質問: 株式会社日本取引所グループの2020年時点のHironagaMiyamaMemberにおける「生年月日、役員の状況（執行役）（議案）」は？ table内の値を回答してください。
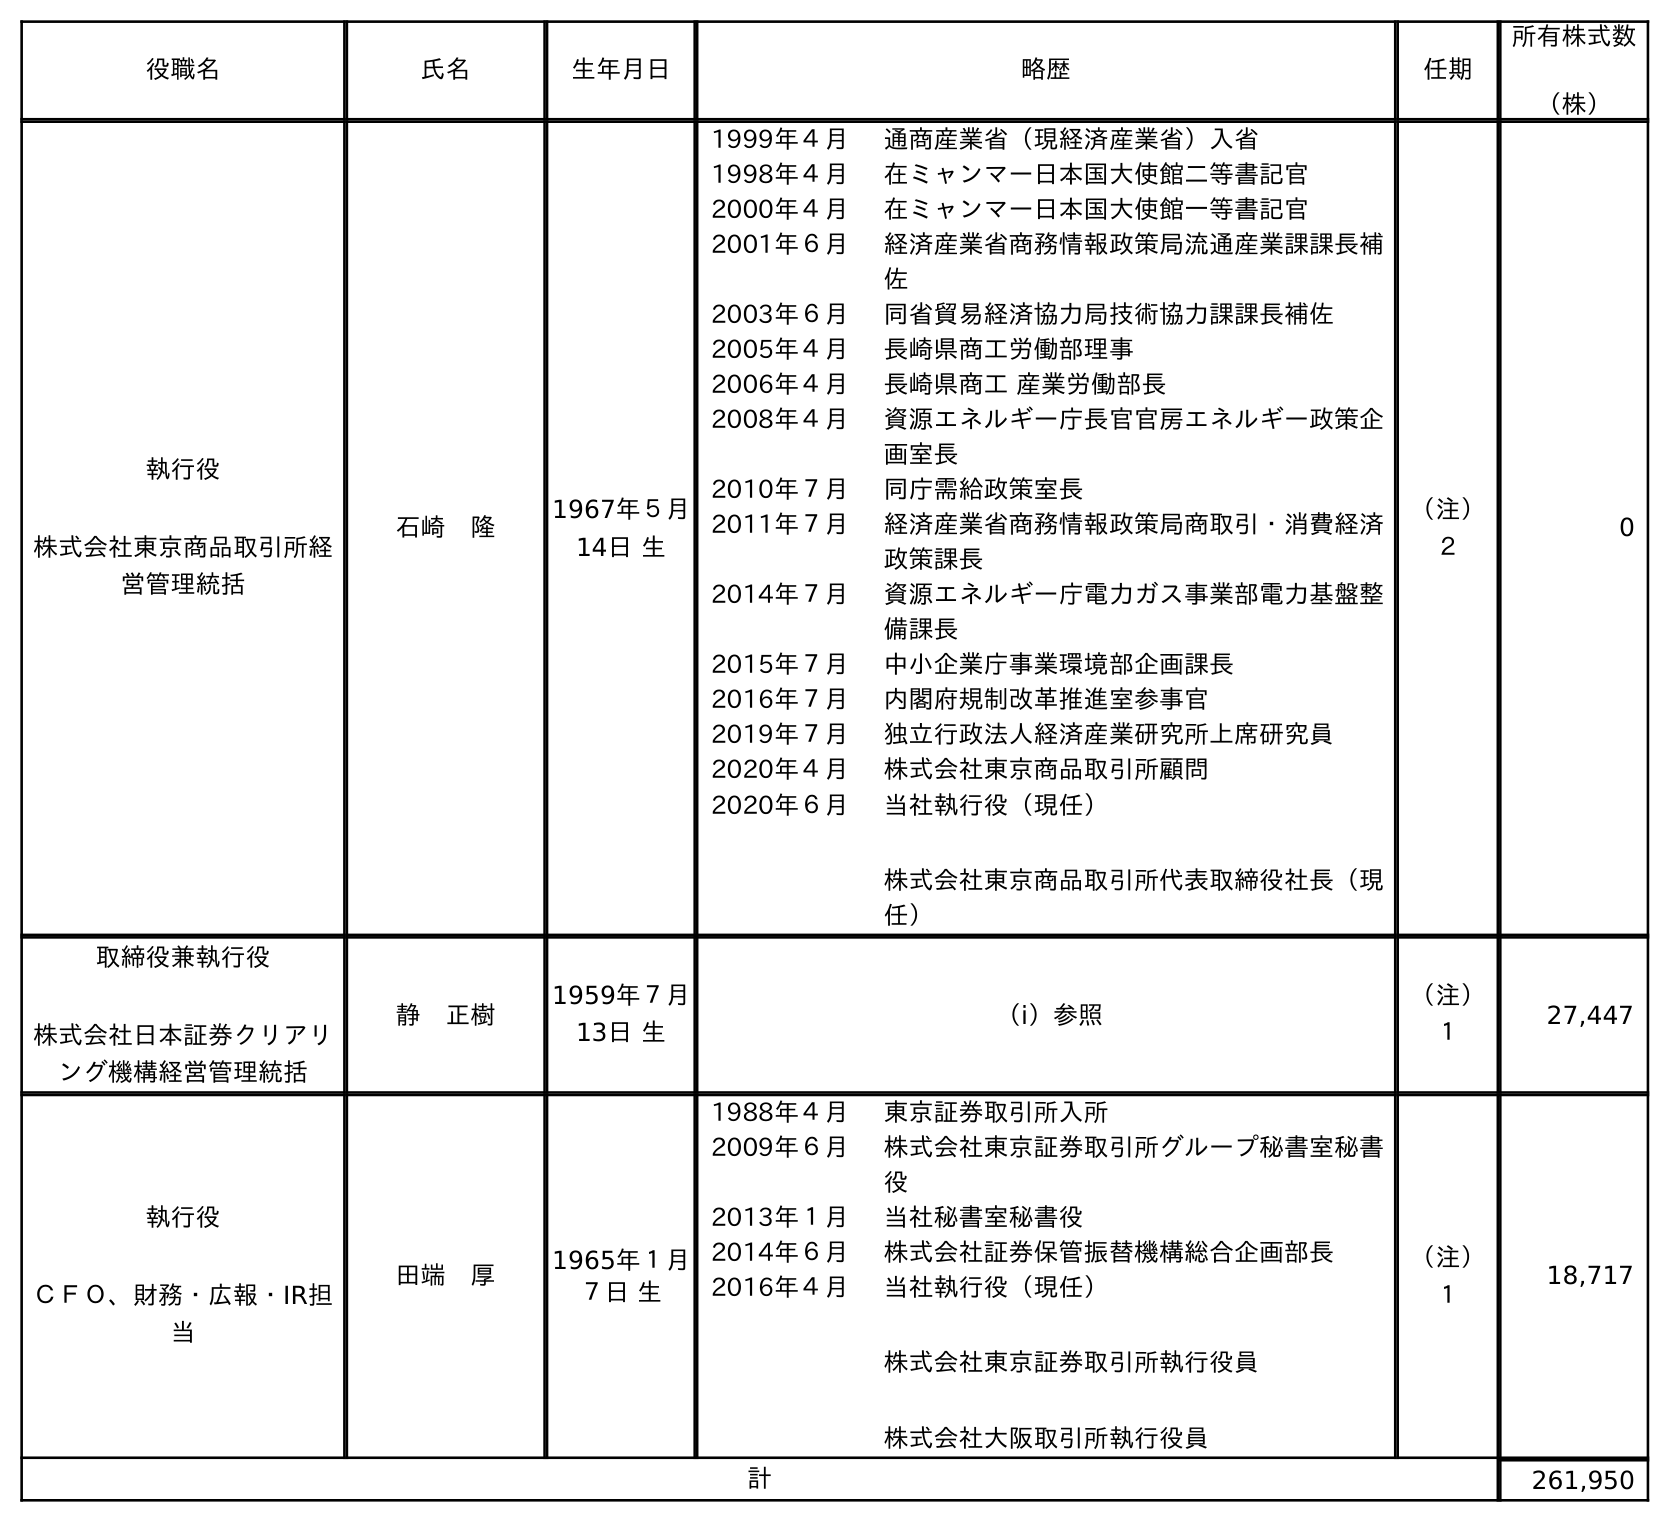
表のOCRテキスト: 役職名 氏名 生年月日 略歴 任期 所有株式数 （株） 執行役 株式会社東京商品取引所経 営管理統括 石崎 隆 1967年５月 14日 生 1999年４月 通商産業省（現経済産業省）入省 1998年４月 在ミャンマー日本国大使館二等書記官 2000年４月 在ミャンマー日本国大使館一等書記官 2001年６月 経済産業省商務情報政策局流通産業課課長補 佐 2003年６月 同省貿易経済協力局技術協力課課長補佐 2005年４月 長崎県商工労働部理事 2006年４月 長崎県商工 産業労働部長 2008年４月 資源エネルギー庁長官官房エネルギー政策企 画室長 2010年７月 同庁需給政策室長 2011年７月 経済産業省商務情報政策局商取引・消費経済 政策課長 2014年７月 資源エネルギー庁電力ガス事業部電力基盤整 備課長 2015年７月 中小企業庁事業環境部企画課長 2016年７月 内閣府規制改革推進室参事官 2019年７月 独立行政法人経済産業研究所上席研究員 2020年４月 株式会社東京商品取引所顧問 2020年６月 当社執行役（現任） 株式会社東京商品取引所代表取締役社長（現 任） （注） ２ 0 取締役兼執行役 株式会社日本証券クリアリ ング機構経営管理統括 静 正樹 1959年７月 13日 生 （ⅰ）参照 （注） １ 27,447 執行役 ＣＦＯ、財務・広報・IR担 当 田端 厚 1965年１月 ７日 生 1988年４月 東京証券取引所入所 2009年６月 株式会社東京証券取引所グループ秘書室秘書 役 2013年１月 当社秘書室秘書役 2014年６月 株式会社証券保管振替機構総合企画部長 2016年４月 当社執行役（現任） 株式会社東京証券取引所執行役員 株式会社大阪取引所執行役員 （注） １ 18,717 計 261,950
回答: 1959年７月13日生